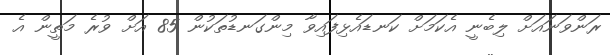
ރަންވަނައަށް ލިބެނީ އެކަމަށް ކަނޑައެޅިފައިވާ މިންގަނޑުތަކުން 85 އަށް ވުރެ މަތީން އެ